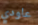
عاودي